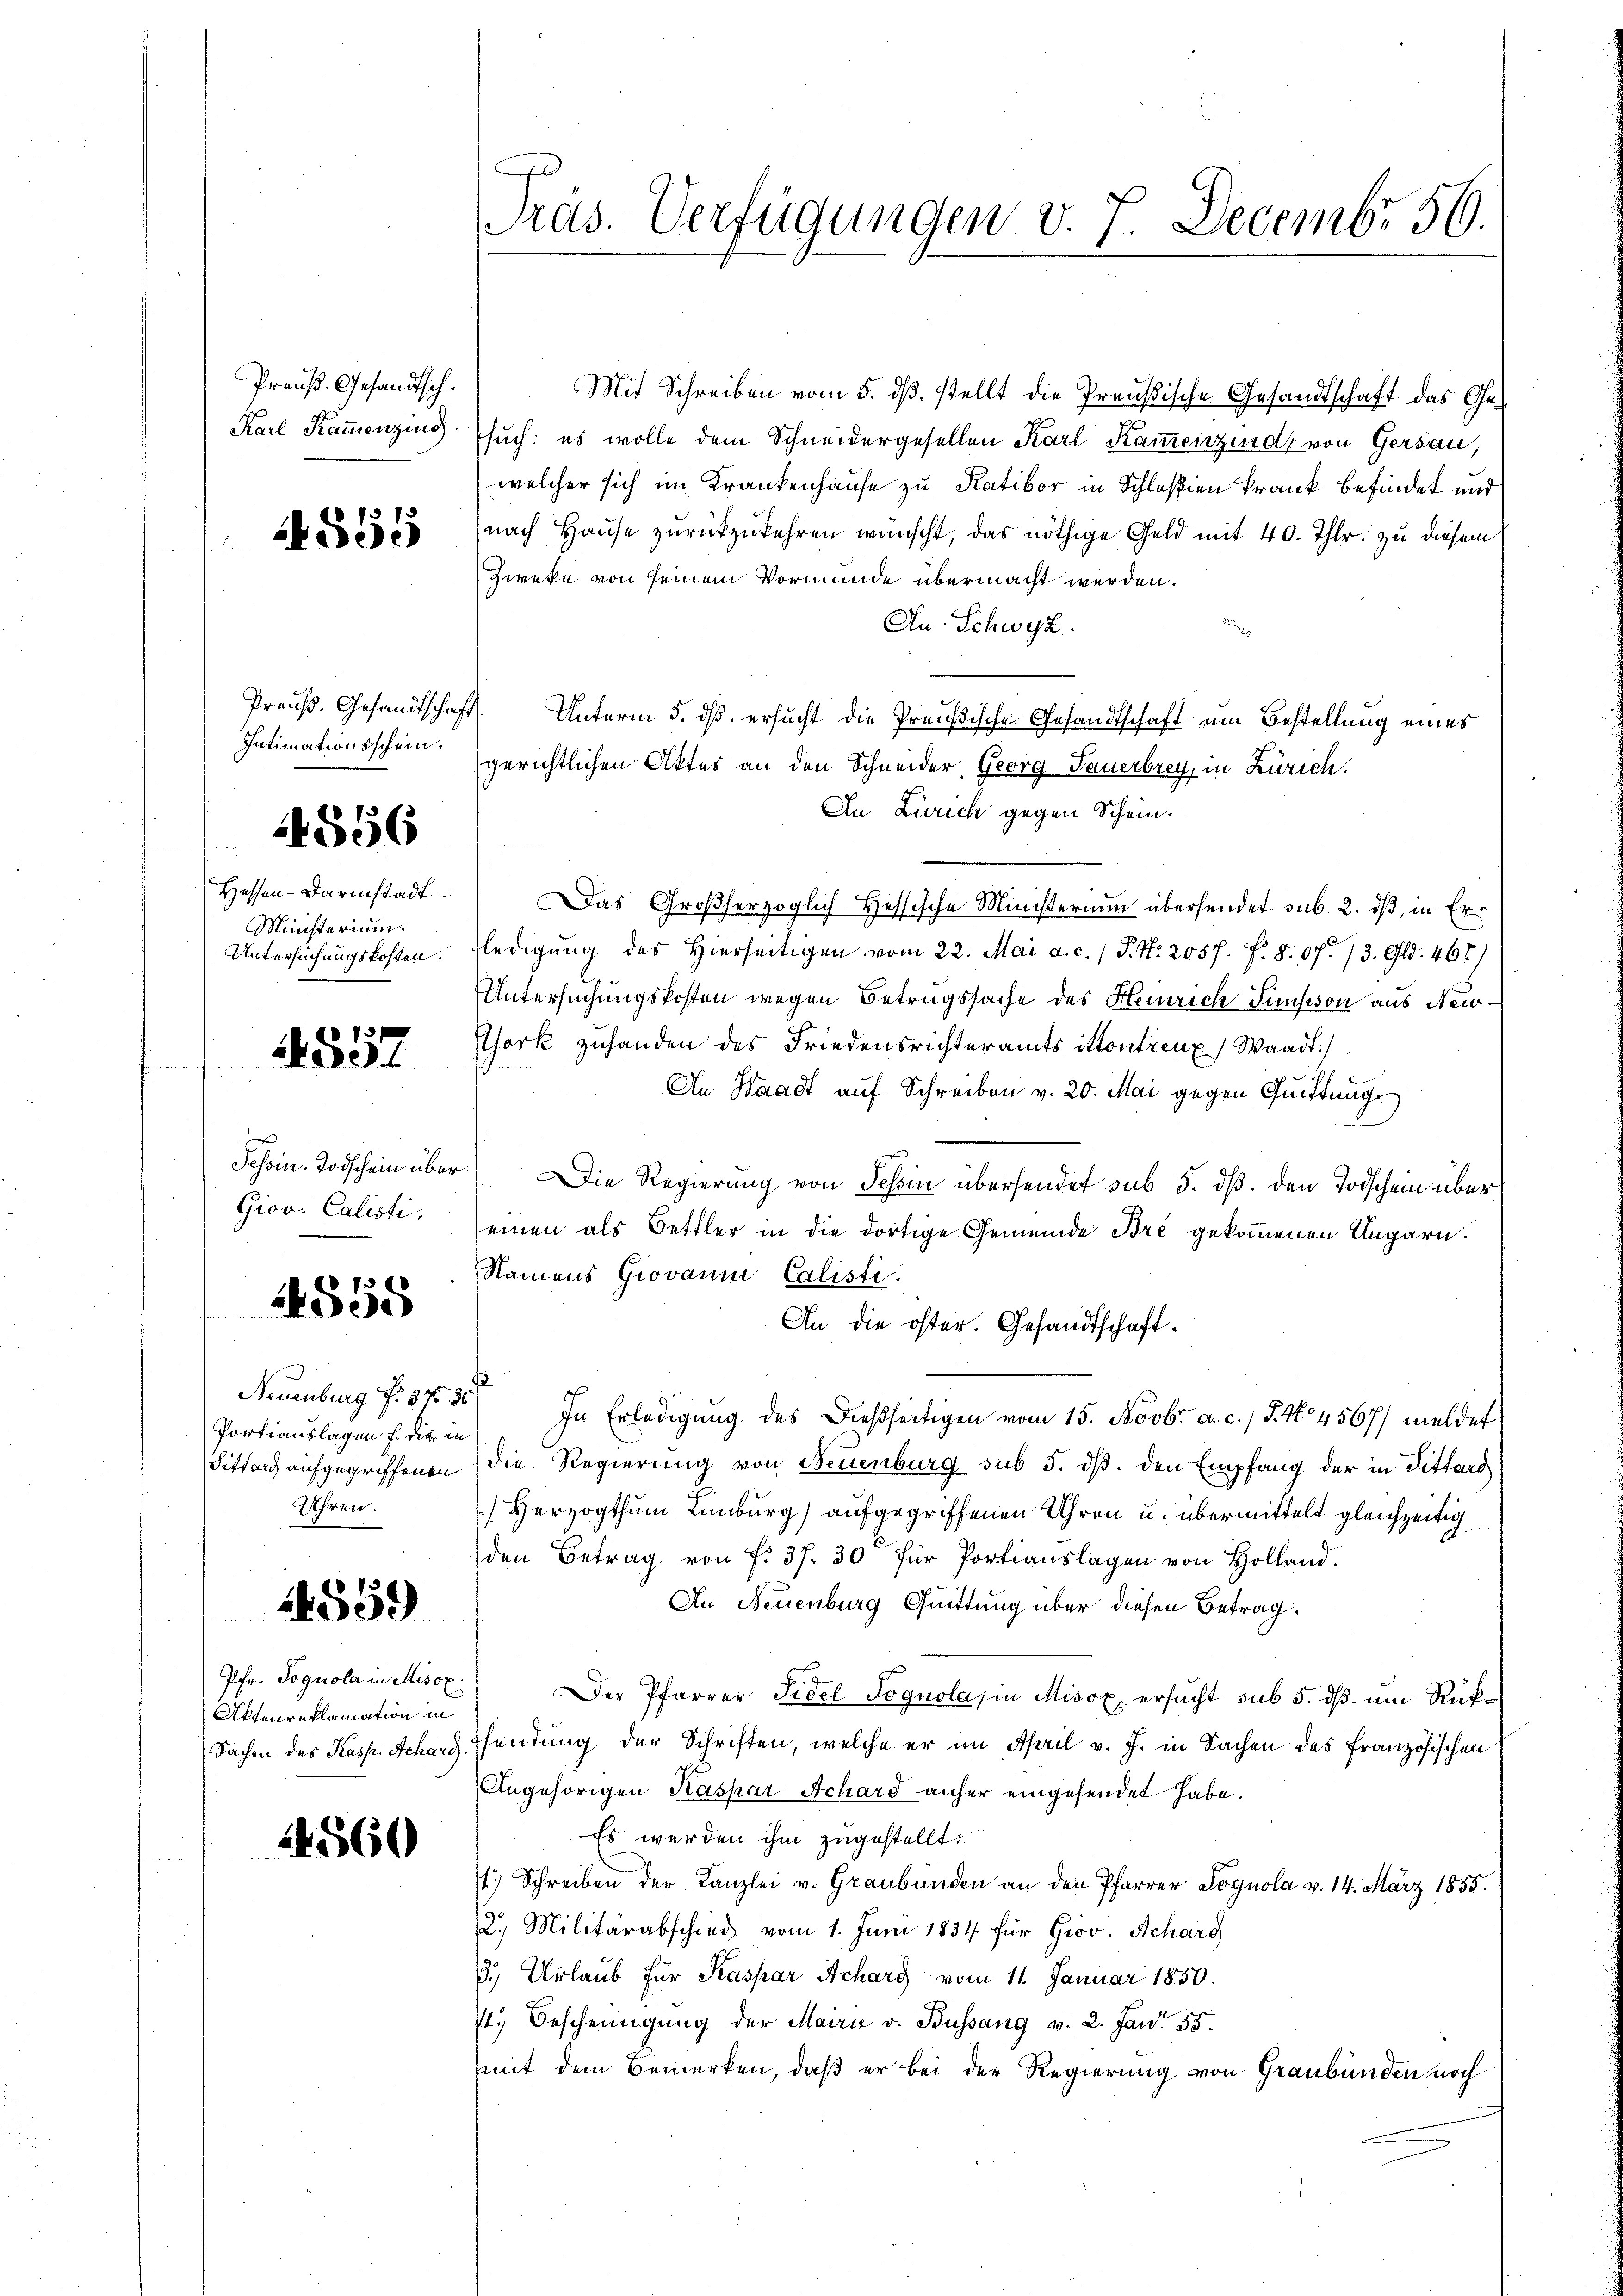
Preuß. Gesandtsch.
Karl Kammenzing

555

Preuß. Gesandtschaft
Intimationsschein.

4556

Hessen-Darmstadt.
Ministerium
Untersuchungskosten.

1557

Giov. Calisti,

1558

Portiauslagen f. die in
Uhren.

4559

Pfr. Sognola in Misox
Aktenreklamation in

4560

Mit Schreiben vom 5. ds. stellt die Preußische Gesandtschaft das Gesuch: es wolle dem Schneidergesellen Karl Kammenzurd, von Gersau,
welcher sich im Krankenhause zu Katibor in Schloßen krank befindet und
nach Hause zurückzukehren wünscht, das nöthige Geld mit 40. Thlr. zu diesem
Zweke von seinem Vormunde übermacht werden.
An Schwyz.
Unterm 5. dß ersucht die Preußische Gesandtschaft um Bestellung eines
gerichtlichen Aktes an den Schneider, Georg Sauerbrey, in Zürich.
Au Zürich gegen Schein.
Das Großherzoglich Hessische Ministerium übersendet sub. 2. dß, in Erfledigŭng des hierseitigen vom 22. Mai a. c. / P. Nr. 2057. f. 8. 07. 13. Gld. 467)
Untersuchungskosten wegen Betrugssache des Heinrich Simsison aus New-
Chork zuhanden des Friedensrichteramts ittontreux) Waadt.
An Waadt auf Schreiben v. 20. Mai gegen Quittung
Jehoin. Todschein über Die Regierung von Tessin übersendet sub 5. dß. den Todschein über
einen als Bettler in die dortige Gemeinde Bre gekommenen Ungarn.
Namens Giovann Calisti.
An die öster. Gesandtschaft¬
Neuenburg No. 37. 36. In Erledigung des dießseitigen vom 15. Novbr. a. c. / 5. No 4567/ meldet
Sitters aufgegriffenen die Regierung von Neuenburg sub 5. dβ. den Empfang der in Tittarg
) Herzogthum Linburg) aufgegriffenen Uhren u. übermittelt gleichzeitig
den Betrag von f. 37. 30 für Portiauslagen von Holland.
In Neuenburg Quittung über diesen Betrag.
Der Pfarrer Fidel Jognola, in Misox ersucht sub 5. ds. um Rük¬
Sachen des Kasp. Scharg Psendung der Schriften, welche er im April v. J. in Sachen des Französischen
Angehörigen Kaspar Schard anher eingesendet habe.
Es werden ihm zugestellt.
f. Schreiben der Kanzlei v. Graubünden an den Pfarrer Lognola v. 14. März 1855.
2. Militärabschied vom 1. Juni 1834. für Giov. Scharg
3.) Urlaub für Kaspar Scharg vom 11. Januar 1850.
71. Bescheinigung der Mairić v. Bussang v. 2. Jan. 35.
mit dem Bemerken, daß er bei der Regierung von Graubünden noch

Präs. Verfügungen v. 7. Decembr 56.